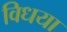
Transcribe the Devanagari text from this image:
विधया